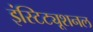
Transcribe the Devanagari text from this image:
इंस्टिट्यूशनल